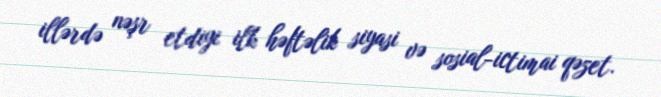
illərdə nəşr etdiyi ilk həftəlik siyasi və sosial-ictimai qəzet.